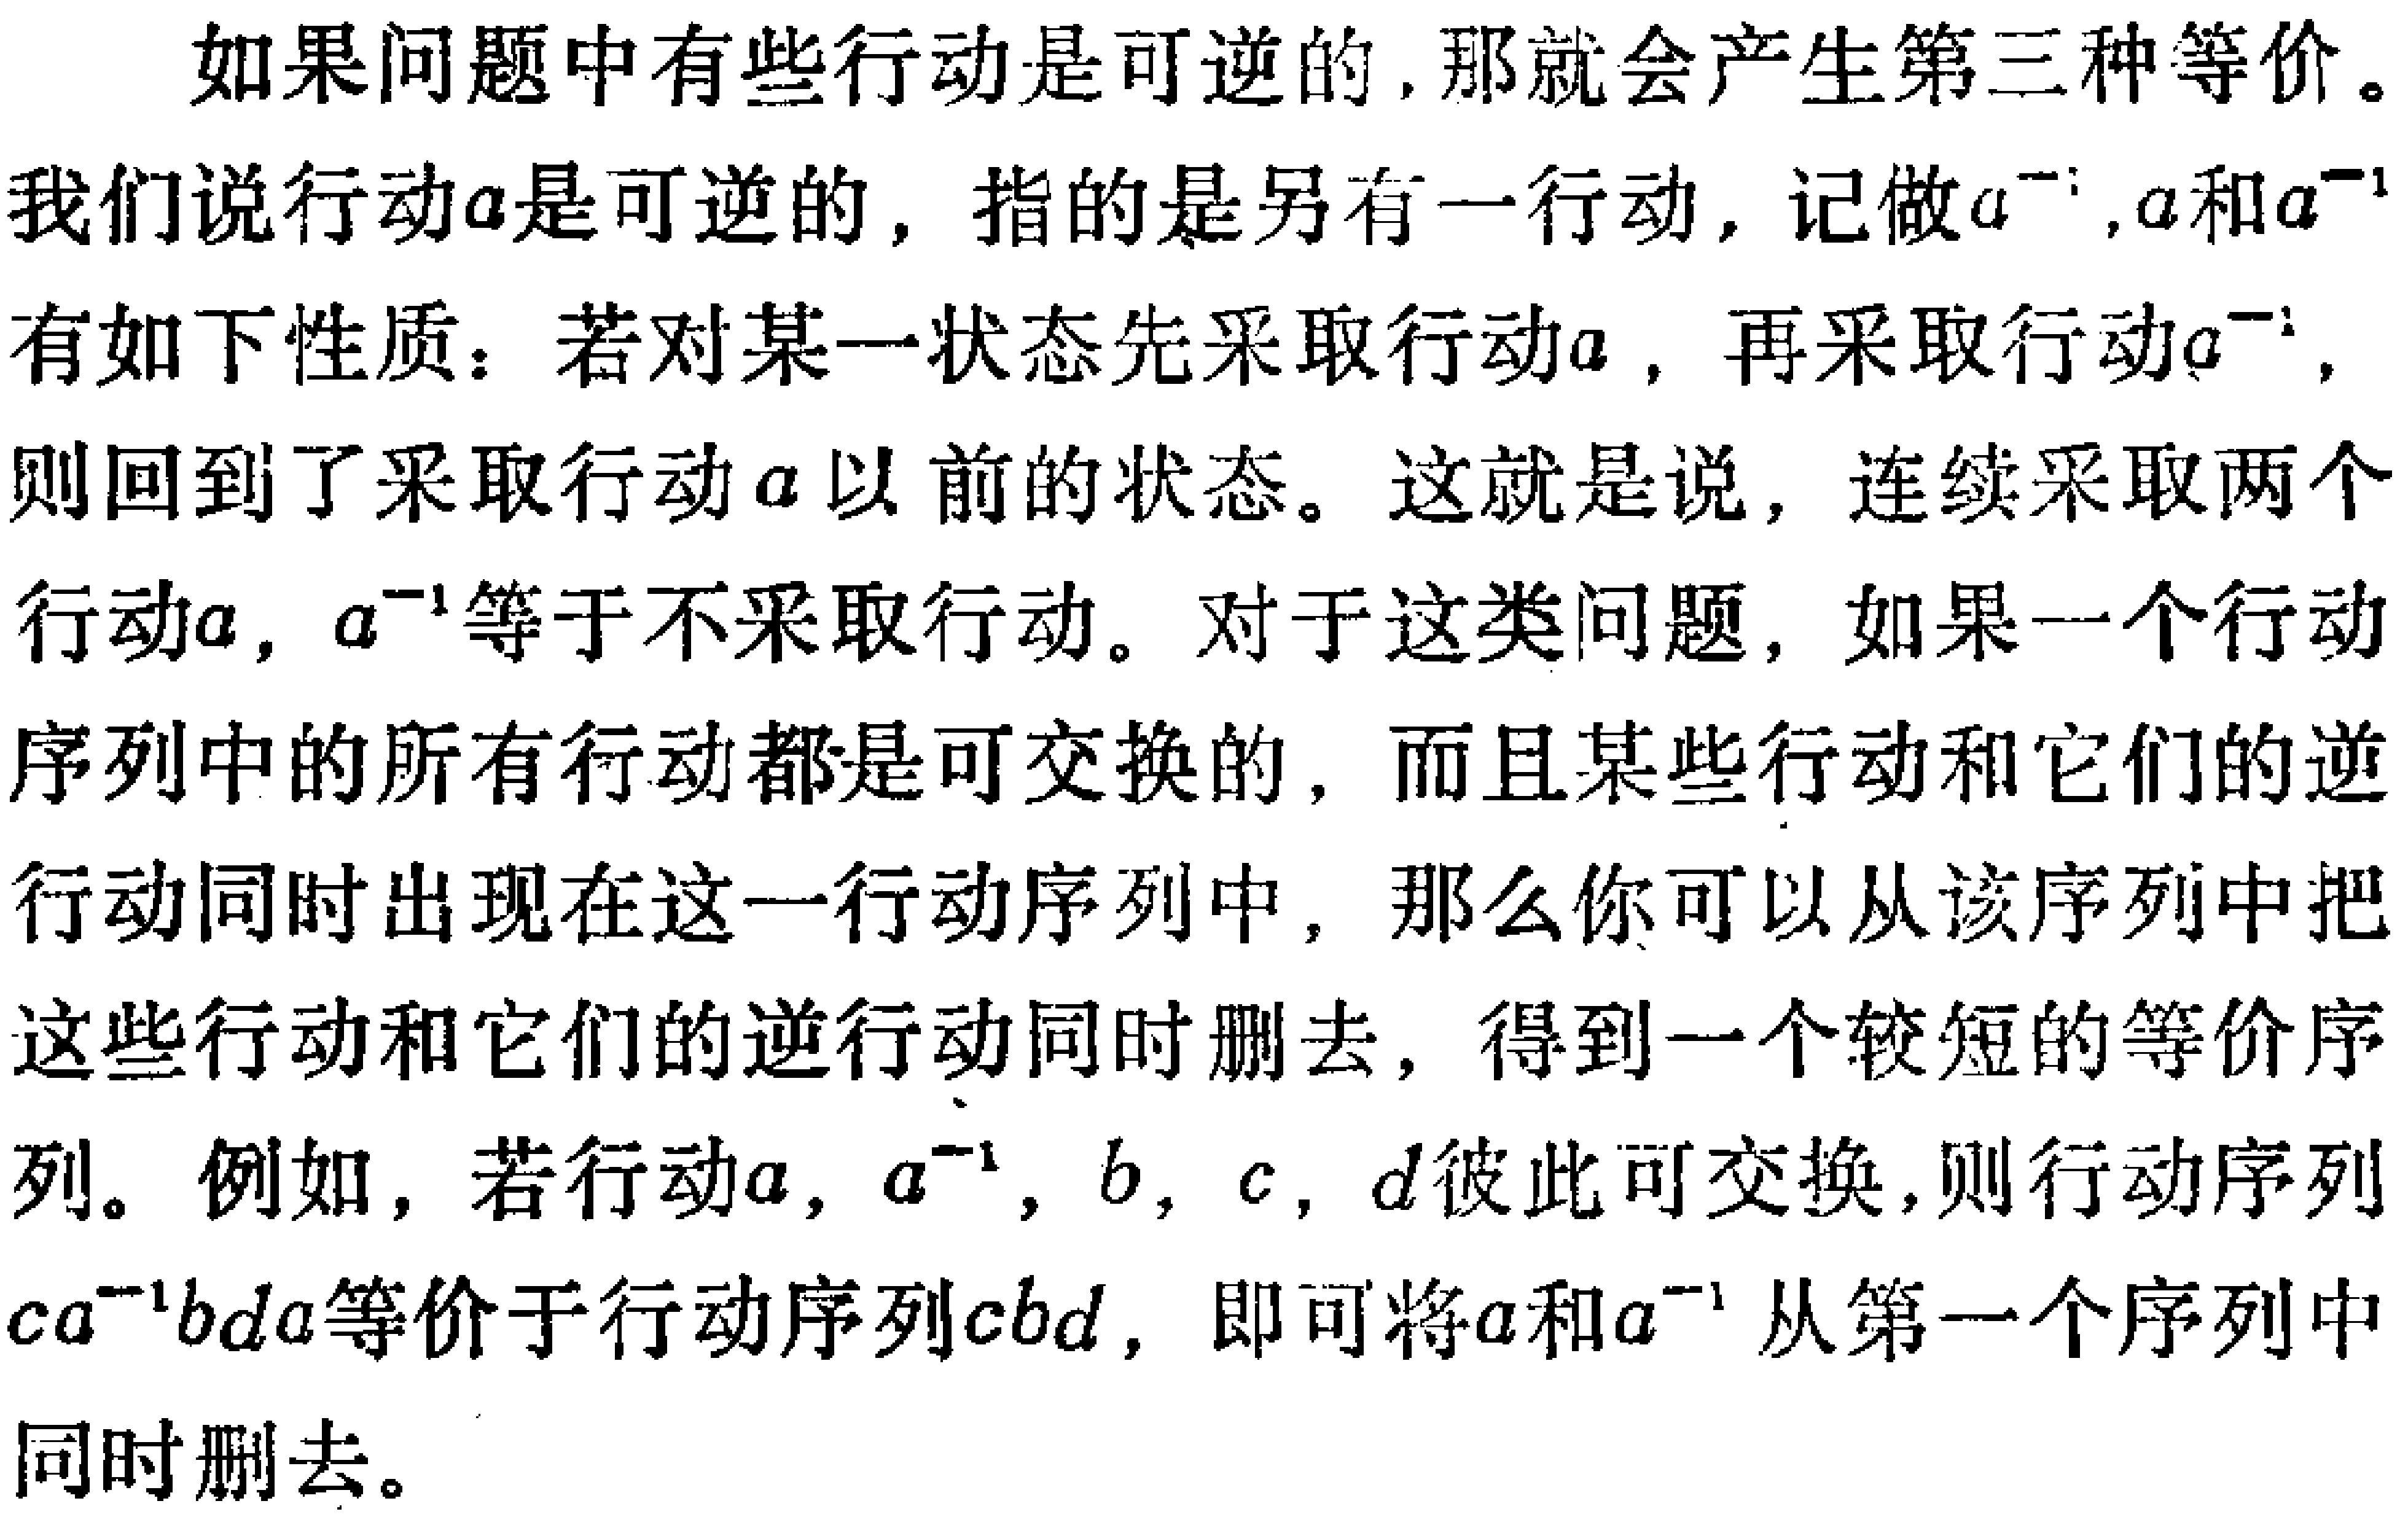
如果问题中有些行动是可逆的,那就会产生第三种等价。

我们说行动\(a\)是可逆的，指的是另有一行动，记做\(a^{-1}\)，\(a\)和\(a^{-1}\)

有如下性质：若对某一状态先采取行动\(a\)，再采取行动\(a^{-1}\)，

则回到了采取行动\(a\)以前的状态。这就是说，连续采取两个

行动\(a\)，\(a^{-1}\)等于不采取行动。对于这类问题，如果一个行动

序列中的所有行动都是可交换的，而且某些行动和它们的逆

行动同时出现在这一行动序列中，那么你可以从该序列中把

这些行动和它们的逆行动同时删去，得到一个较短的等价序

列。例如，若行动\(a\)，\(a^{-1}\)，\(b\)，\(c\)，\(d\)彼此可交换，则行动序列

\(ca^{-1}bda\)等价于行动序列\(cbd\)，即可将\(a\)和\(a^{-1}\)从第一个序列中

同时删去。